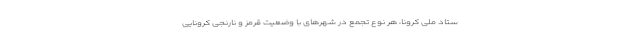
ستاد ملی کرونا، هر نوع تجمع در شهرهای با وضعیت قرمز و نارنجی کرونایی